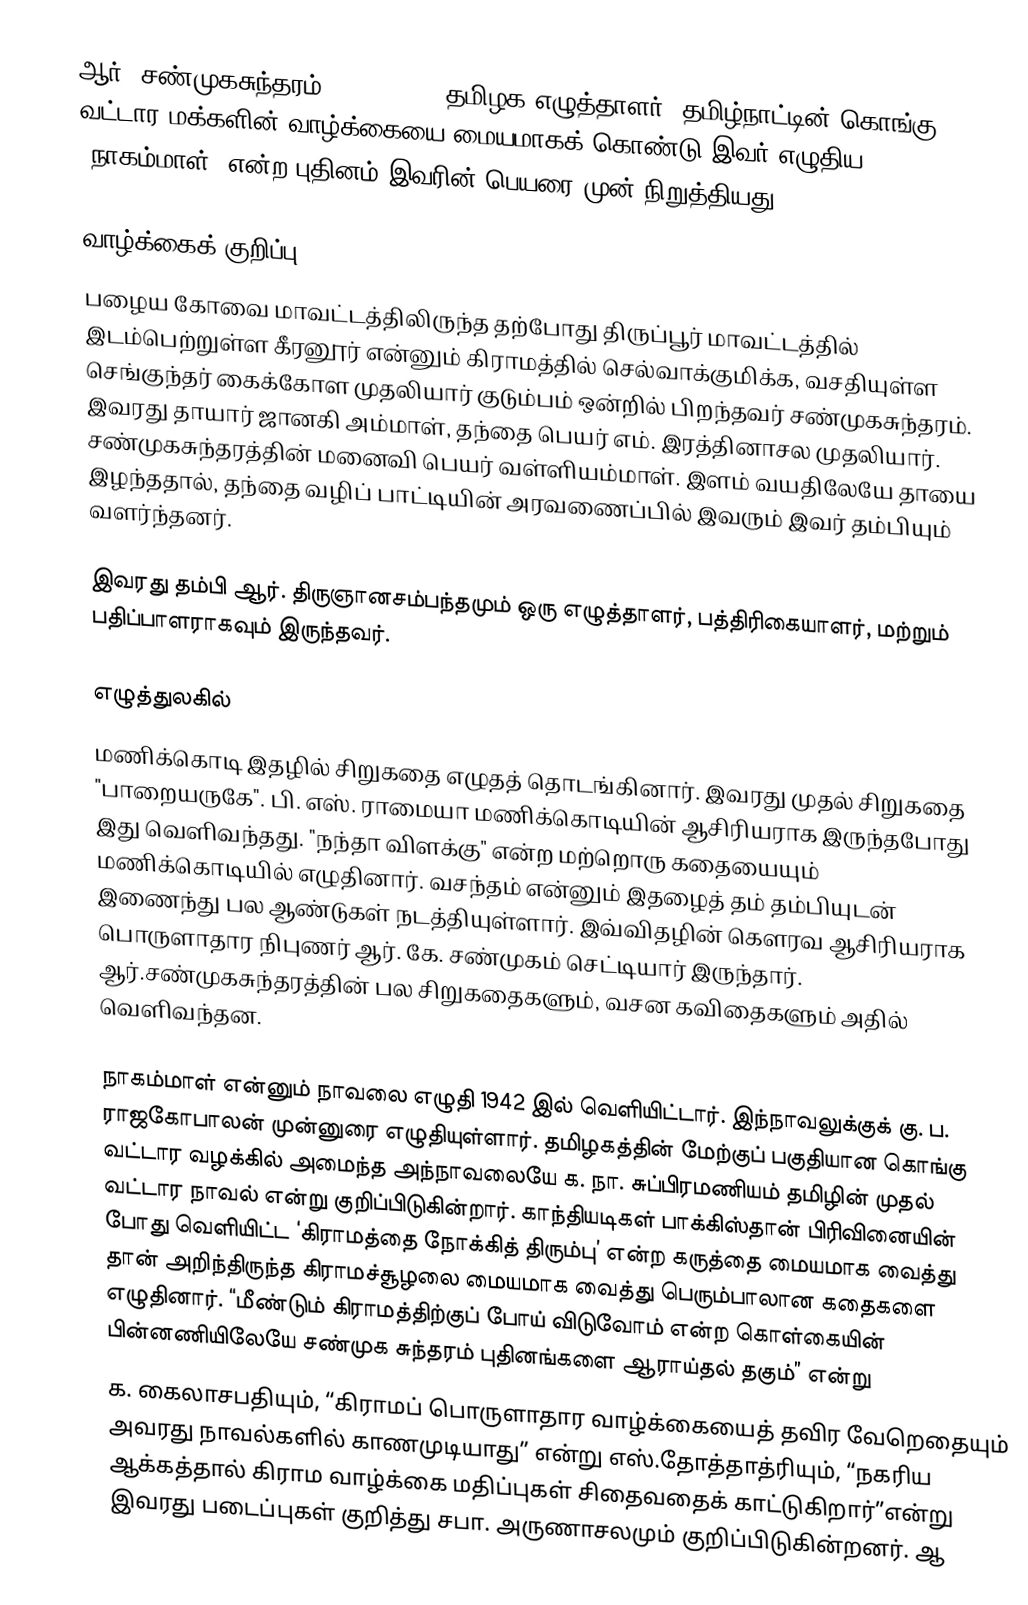
ஆர். சண்முகசுந்தரம் (1917-1977) தமிழக எழுத்தாளர். தமிழ்நாட்டின் கொங்கு வட்டார மக்களின் வாழ்க்கையை மையமாகக் கொண்டு இவர் எழுதிய "நாகம்மாள்" என்ற புதினம் இவரின் பெயரை முன் நிறுத்தியது.

வாழ்க்கைக் குறிப்பு
பழைய கோவை மாவட்டத்திலிருந்த தற்போது திருப்பூர் மாவட்டத்தில் இடம்பெற்றுள்ள கீரனூர் என்னும் கிராமத்தில் செல்வாக்குமிக்க, வசதியுள்ள செங்குந்தர் கைக்கோள முதலியார் குடும்பம் ஒன்றில் பிறந்தவர் சண்முகசுந்தரம். இவரது தாயார் ஜானகி அம்மாள், தந்தை பெயர் எம். இரத்தினாசல முதலியார். சண்முகசுந்தரத்தின் மனைவி பெயர் வள்ளியம்மாள். இளம் வயதிலேயே தாயை இழந்ததால், தந்தை வழிப் பாட்டியின் அரவணைப்பில் இவரும் இவர் தம்பியும்  வளர்ந்தனர்.

இவரது தம்பி ஆர். திருஞானசம்பந்தமும் ஒரு எழுத்தாளர், பத்திரிகையாளர், மற்றும் பதிப்பாளராகவும் இருந்தவர்.

எழுத்துலகில்
மணிக்கொடி இதழில் சிறுகதை எழுதத் தொடங்கினார். இவரது முதல் சிறுகதை "பாறையருகே". பி. எஸ். ராமையா மணிக்கொடியின் ஆசிரியராக இருந்தபோது இது வெளிவந்தது. "நந்தா விளக்கு" என்ற மற்றொரு கதையையும் மணிக்கொடியில் எழுதினார். வசந்தம் என்னும் இதழைத் தம் தம்பியுடன் இணைந்து பல ஆண்டுகள் நடத்தியுள்ளார். இவ்விதழின் கௌரவ ஆசிரியராக பொருளாதார நிபுணர் ஆர். கே. சண்முகம் செட்டியார் இருந்தார். ஆர்.சண்முகசுந்தரத்தின் பல சிறுகதைகளும், வசன கவிதைகளும் அதில் வெளிவந்தன.

நாகம்மாள் என்னும் நாவலை எழுதி 1942 இல் வெளியிட்டார். இந்நாவலுக்குக் கு. ப. ராஜகோபாலன் முன்னுரை எழுதியுள்ளார். தமிழகத்தின் மேற்குப் பகுதியான கொங்கு வட்டார வழக்கில் அமைந்த அந்நாவலையே க. நா. சுப்பிரமணியம் தமிழின் முதல் வட்டார நாவல் என்று குறிப்பிடுகின்றார். காந்தியடிகள் பாக்கிஸ்தான் பிரிவினையின் போது வெளியிட்ட ‘கிராமத்தை நோக்கித் திரும்பு’ என்ற கருத்தை மையமாக வைத்து  தான் அறிந்திருந்த கிராமச்சூழலை மையமாக வைத்து பெரும்பாலான கதைகளை எழுதினார். “மீண்டும் கிராமத்திற்குப் போய் விடுவோம் என்ற கொள்கையின் பின்னணியிலேயே சண்முக சுந்தரம் புதினங்களை ஆராய்தல் தகும்” என்று
க. கைலாசபதியும், “கிராமப் பொருளாதார வாழ்க்கையைத் தவிர வேறெதையும் அவரது நாவல்களில் காணமுடியாது” என்று எஸ்.தோத்தாத்ரியும், “நகரிய ஆக்கத்தால் கிராம வாழ்க்கை மதிப்புகள் சிதைவதைக் காட்டுகிறார்”என்று இவரது படைப்புகள் குறித்து சபா. அருணாசலமும் குறிப்பிடுகின்றனர். ஆ